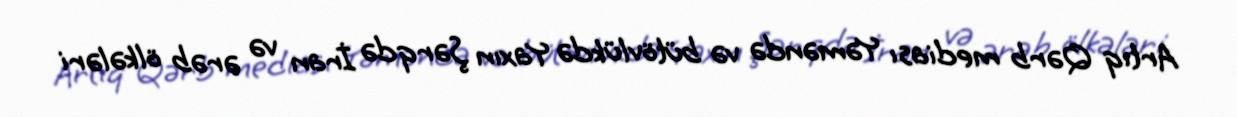
Artıq Qərb mediası Yəməndə və bütövlükdə Yaxın Şərqdə İran və ərəb ölkələri